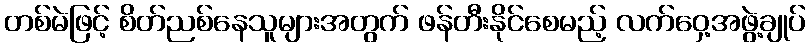
တစ်မဲဖြင့် စိတ်ညစ်နေသူများအတွက် ဖန်တီးနိုင်စေမည့် လက်ဝှေ့အဖွဲ့ချုပ်